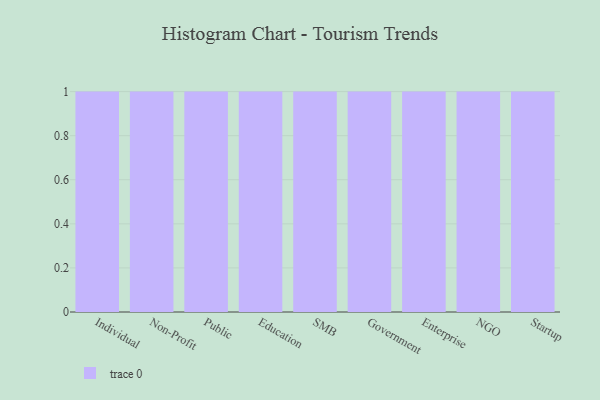
{"axis": {"x": "Segment", "y": "Page Views"}, "legend": [""], "data": [{"x": "Individual", "y": 12, "type": ""}, {"x": "Non-Profit", "y": 77, "type": ""}, {"x": "Public", "y": 90, "type": ""}, {"x": "Education", "y": 9, "type": ""}, {"x": "SMB", "y": 60, "type": ""}, {"x": "Government", "y": 99, "type": ""}, {"x": "Enterprise", "y": 58, "type": ""}, {"x": "NGO", "y": 30, "type": ""}, {"x": "Startup", "y": 31, "type": ""}]}